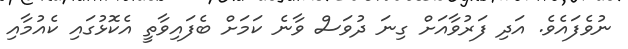
ނުވެފައެވެ. އަދި ފަރުވާއަށް ގިނަ ދުވަސް ވާނެ ކަމަށް ބެފައިވާތީ އެކޮޅުގައި ކެއުމާއި